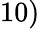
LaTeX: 10)